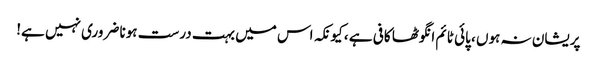
پریشان نہ ہوں ، پائی ٹائم انگوٹھا کافی ہے ، کیونکہ اس میں بہت درست ہونا ضروری نہیں ہے!